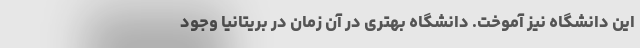
این دانشگاه نیز آموخت. دانشگاه بهتری در آن زمان در بریتانیا وجود